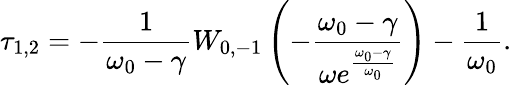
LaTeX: \tau_{1,2}=-\frac{1}{\omega_{0}-\gamma}W_{0,-1}\left(-\frac{\omega_{0}-\gamma}{\omega e^{\frac{\omega_{0}-\gamma}{\omega_{0}}}}\right)-\frac{1}{\omega_{0}}.